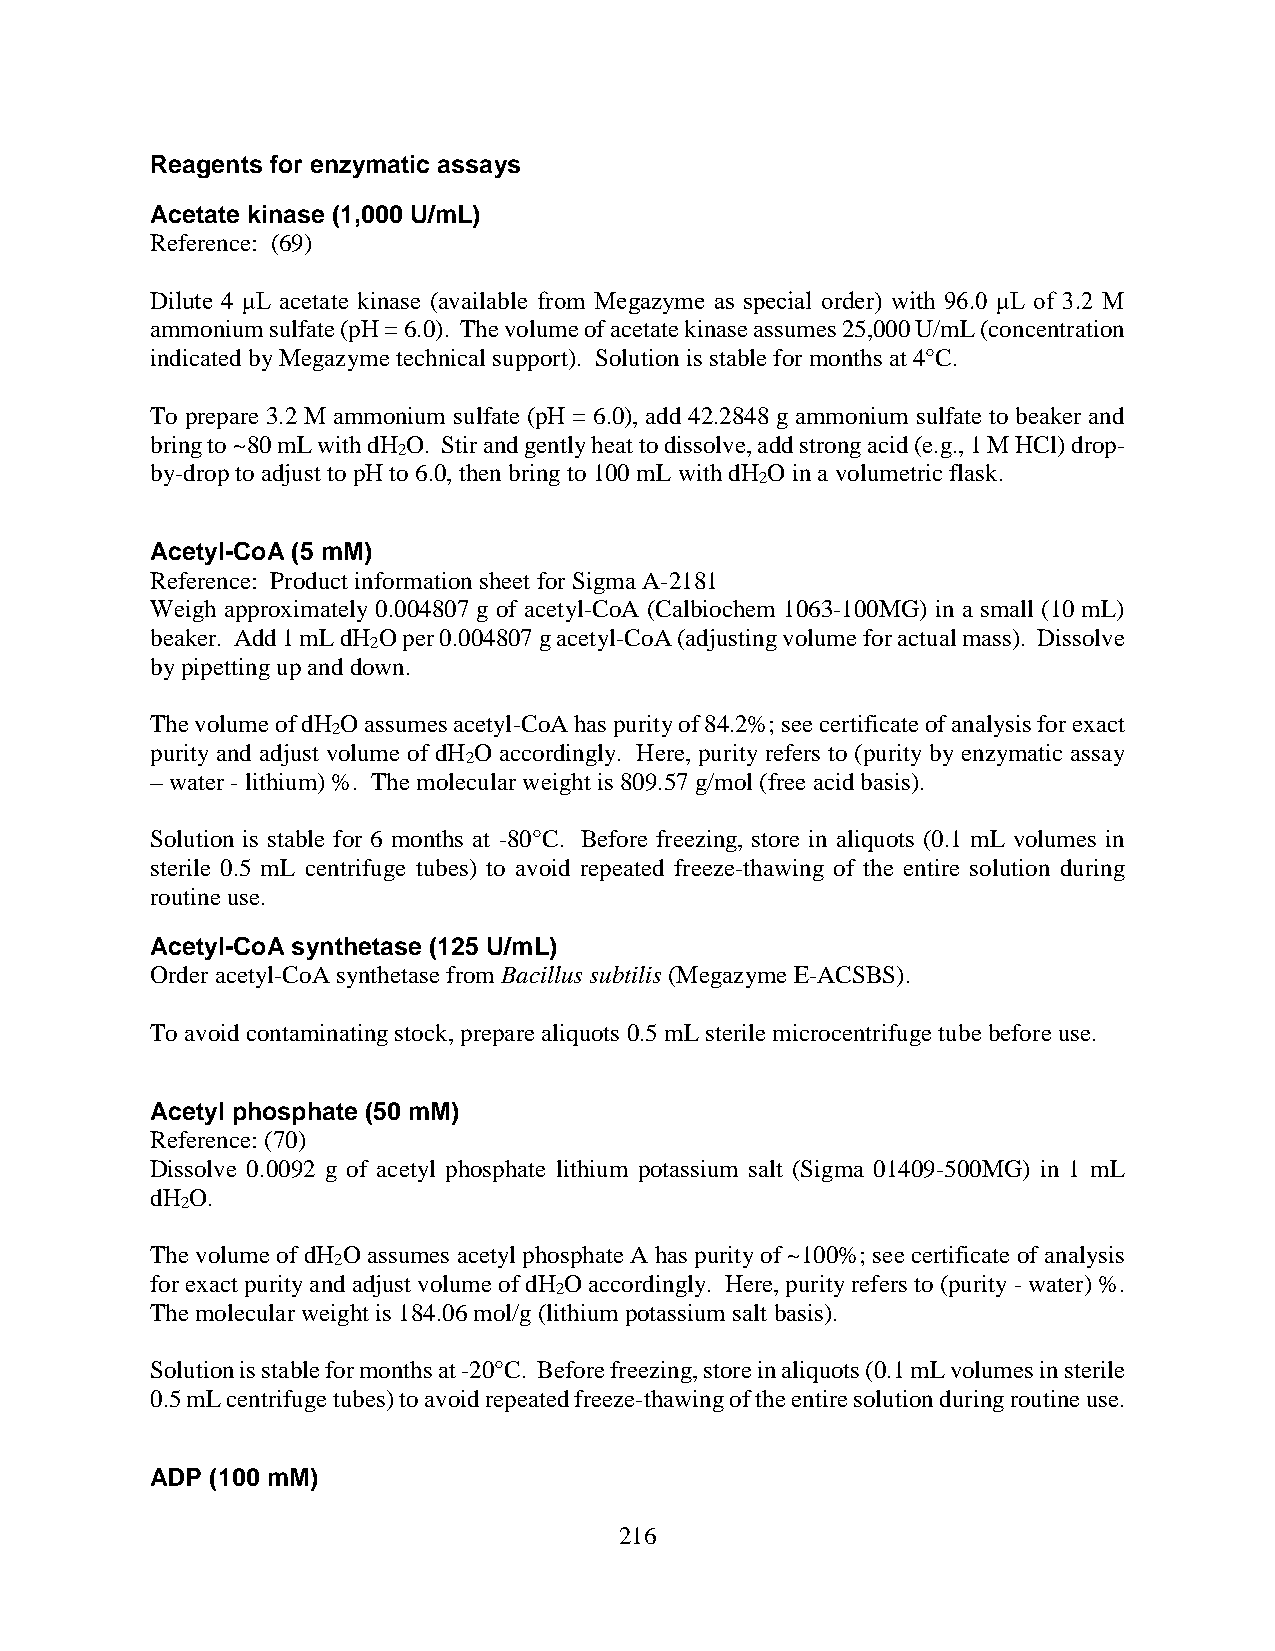
Reagents for enzymatic assays
 Acetate kinase (1,000 U/mL)
 Reference: (69)
 Dilute 4 μL acetate kinase (available from Megazyme as special order) with 96.0 μL of 3.2 M
 ammonium sulfate (pH = 6.0). The volume of acetate kinase assumes 25,000 U/mL (concentration
 indicated by Megazyme technical support). Solution is stable for months at 4°C.
 To prepare 3.2 M ammonium sulfate (pH = 6.0), add 42.2848 g ammonium sulfate to beaker and
 bring to ~80 mL with dH O. Stir and gently heat to dissolve, add strong acid (e.g., 1 M HCl) drop-
 2
 by-drop to adjust to pH to 6.0, then bring to 100 mL with dH O in a volumetric flask.
 2
 Acetyl-CoA (5 mM)
 Reference: Product information sheet for Sigma A-2181
 Weigh approximately 0.004807 g of acetyl-CoA (Calbiochem 1063-100MG) in a small (10 mL)
 beaker. Add 1 mL dH O per 0.004807 g acetyl-CoA (adjusting volume for actual mass). Dissolve
 2
 by pipetting up and down.
 The volume of dH O assumes acetyl-CoA has purity of 84.2%; see certificate of analysis for exact
 2
 purity and adjust volume of dH O accordingly. Here, purity refers to (purity by enzymatic assay
 2
 – water - lithium) %. The molecular weight is 809.57 g/mol (free acid basis).
 Solution is stable for 6 months at -80°C. Before freezing, store in aliquots (0.1 mL volumes in
 sterile 0.5 mL centrifuge tubes) to avoid repeated freeze-thawing of the entire solution during
 routine use.
 Acetyl-CoA synthetase (125 U/mL)
 Order acetyl-CoA synthetase from Bacillus subtilis (Megazyme E-ACSBS).
 To avoid contaminating stock, prepare aliquots 0.5 mL sterile microcentrifuge tube before use.
 Acetyl phosphate (50 mM)
 Reference: (70)
 Dissolve 0.0092 g of acetyl phosphate lithium potassium salt (Sigma 01409-500MG) in 1 mL
 dH O.
 2
 The volume of dH O assumes acetyl phosphate A has purity of ~100%; see certificate of analysis
 2
 for exact purity and adjust volume of dH O accordingly. Here, purity refers to (purity - water) %.
 2
 The molecular weight is 184.06 mol/g (lithium potassium salt basis).
 Solution is stable for months at -20°C. Before freezing, store in aliquots (0.1 mL volumes in sterile
 0.5 mL centrifuge tubes) to avoid repeated freeze-thawing of the entire solution during routine use.
 ADP (100 mM)
 216